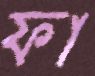
ফা